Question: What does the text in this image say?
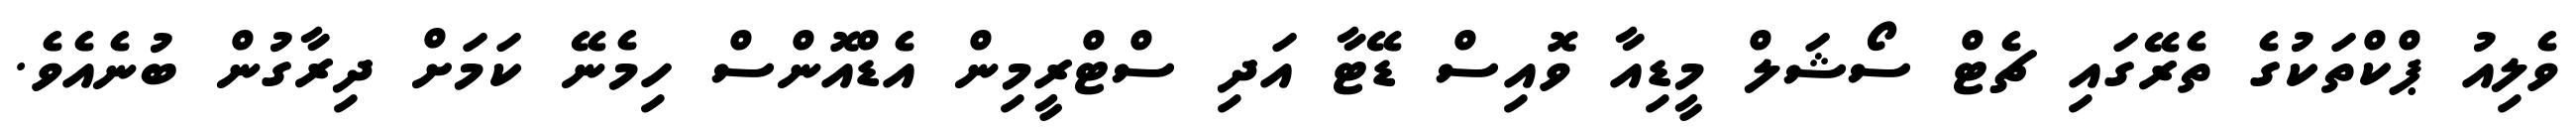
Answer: ވެލިއު ޕްކްތަކުގެ ތެރޭގައި ޗެޓް ސޯޝަލް މީޑިއާ ވޮއިސް ޑޭޓާ އަދި ސްޓްރީމިން އެޑްއޮންސް ހިމެނޭ ކަމަށް ދިރާގުން ބުނެއެވެ.